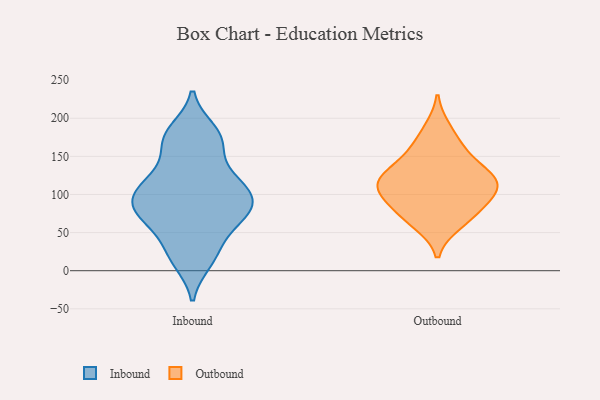
{"axis": {"x": "Budget (USD K)", "y": "Value"}, "legend": ["Inbound", "Outbound"], "data": [{"x": "", "y": 76, "type": "Inbound"}, {"x": "", "y": 109, "type": "Inbound"}, {"x": "", "y": 75, "type": "Inbound"}, {"x": "", "y": 81, "type": "Inbound"}, {"x": "", "y": 173, "type": "Inbound"}, {"x": "", "y": 184, "type": "Inbound"}, {"x": "", "y": 109, "type": "Inbound"}, {"x": "", "y": 107, "type": "Inbound"}, {"x": "", "y": 130, "type": "Inbound"}, {"x": "", "y": 12, "type": "Inbound"}, {"x": "", "y": 25, "type": "Inbound"}, {"x": "", "y": 51, "type": "Inbound"}, {"x": "", "y": 84, "type": "Inbound"}, {"x": "", "y": 164, "type": "Inbound"}, {"x": "", "y": 122, "type": "Outbound"}, {"x": "", "y": 116, "type": "Outbound"}, {"x": "", "y": 81, "type": "Outbound"}, {"x": "", "y": 67, "type": "Outbound"}, {"x": "", "y": 186, "type": "Outbound"}, {"x": "", "y": 117, "type": "Outbound"}, {"x": "", "y": 62, "type": "Outbound"}, {"x": "", "y": 162, "type": "Outbound"}, {"x": "", "y": 109, "type": "Outbound"}, {"x": "", "y": 100, "type": "Outbound"}, {"x": "", "y": 114, "type": "Outbound"}, {"x": "", "y": 151, "type": "Outbound"}, {"x": "", "y": 86, "type": "Outbound"}, {"x": "", "y": 134, "type": "Outbound"}]}